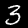
Label: 3